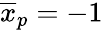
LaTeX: \overline{{x}}_{p}=-1